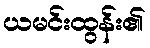
ယမင်းထွန်း၏